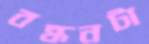
বন্ধনটা